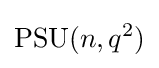
\mathrm {PSU} (n,q^{2})